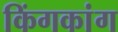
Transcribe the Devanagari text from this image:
किंगकांग